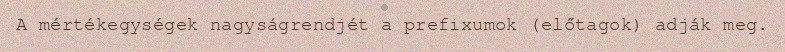
A mértékegységek nagyságrendjét a prefixumok (előtagok) adják meg.